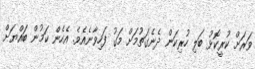
ވަރަށް ކުރީކޮޅު ބަލި ހުރިކަން ދެނެގަތުމަށް މަގު ފަހިވާނެއެވެ. އެހެން ކަމުން ބައްޔަށް